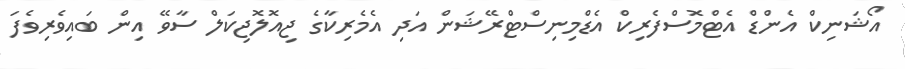
އޯޝަނިކް އެންޑް އެޓްމޮސްފެރިކް އެޑްމިނިސްޓްރޭޝަން އަދި އެމެރިކާގެ ޖިއޮލޮޖިކަލް ސާވޭ އިން ބައިވެރިވެފަ